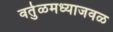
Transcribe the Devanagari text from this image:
वर्तुळमध्याजवळ